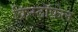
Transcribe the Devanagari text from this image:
क्रिस्टॉफ़ेल